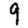
Digit: 9